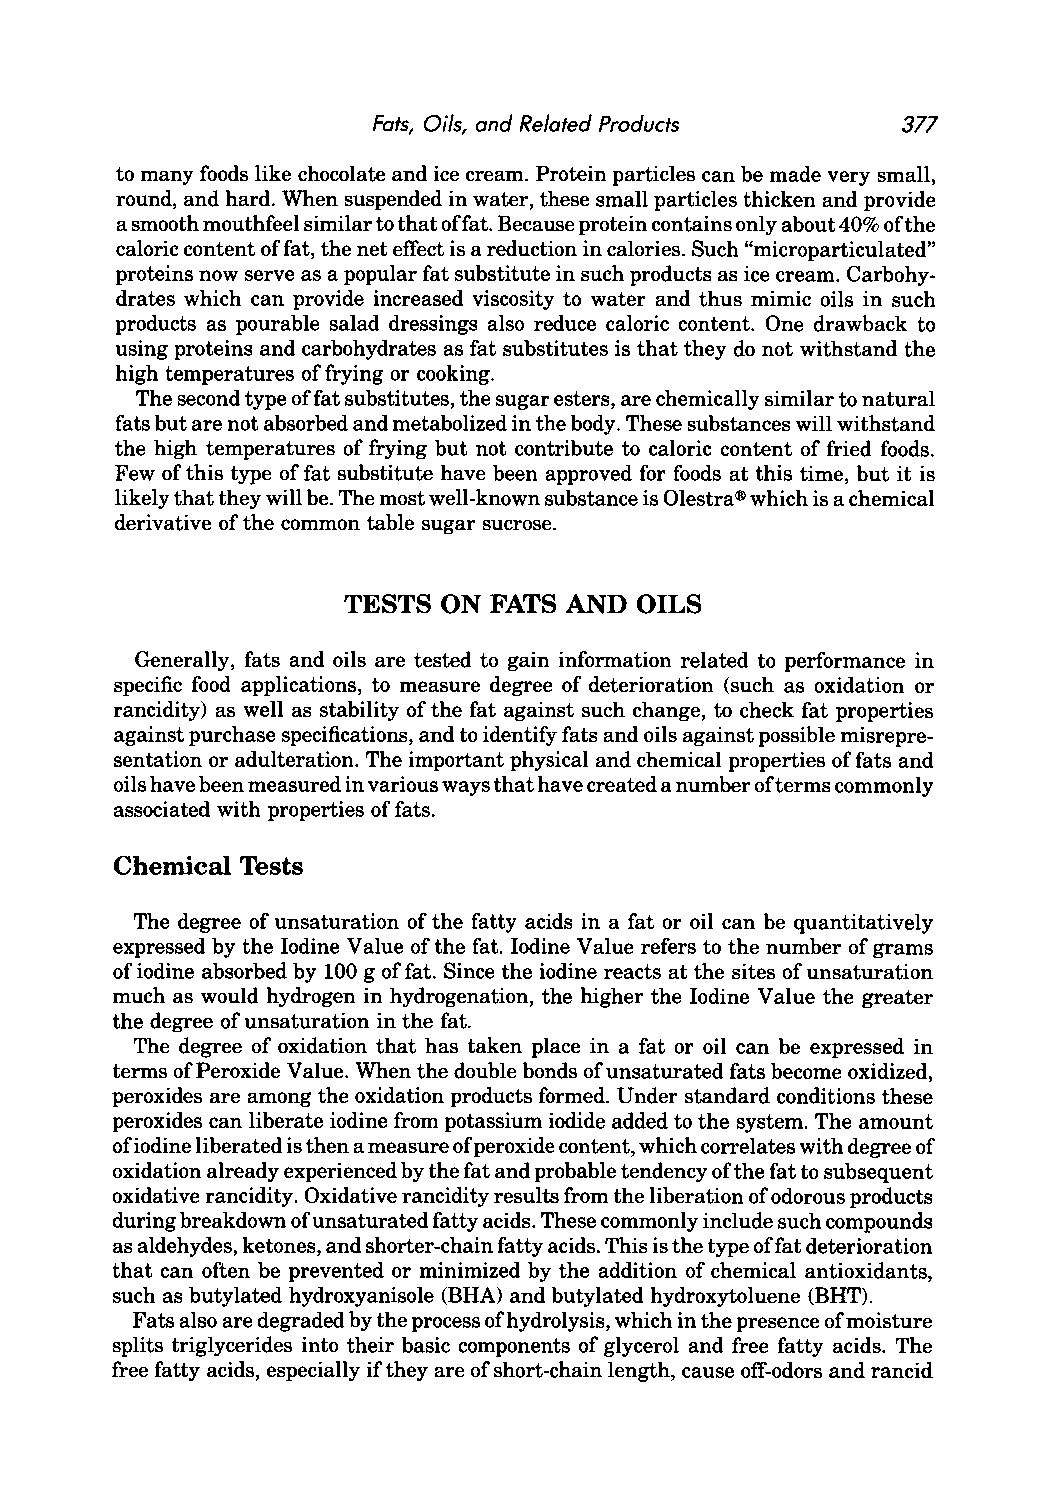
Fats, Oils, and Related Products   377
 to many foods like chocolate and ice cream. Protein particles can be made very small,
 round, and hard. When suspended in water, these small particles thicken and provide
 a smooth mouthfeel similar to that offat. Because protein contains only about 40% of the
 caloric content of fat, the net effect is a reduction in calories. Such "microparticulated"
 proteins now serve as a popular fat substitute in such products as ice cream. Carbohy
 drates which can provide increased viscosity to water and thus mimic oils in such
 products as pourable salad dressings also reduce caloric content. One drawback to
 using proteins and carbohydrates as fat substitutes is that they do not withstand the
 high temperatures of frying or cooking.
 The second type offa t substitutes, the sugar esters, are chemically similar to natural
 fats but are not absorbed and metabolized in the body. These substances will withstand
 the high temperatures of frying but not contribute to caloric content of fried foods.
 Few of this type of fat substitute have been approved for foods at this time, but it is
 likely that they will be. The most well-known substance is Olestra® which is a chemical
 derivative of the common table sugar sucrose.
 TESTS ON FATS AND  OILS
 Generally, fats and oils are tested to gain information related to performance in
 specific food applications, to measure degree of deterioration (such as oxidation or
 rancidity) as well as stability of the fat against such change, to check fat properties
 against purchase specifications, and to identify fats and oils against possible misrepre
 sentation or adulteration. The important physical and chemical properties of fats and
 oils have been measured in various ways that have created a number ofterms commonly
 associated with properties of fats.
 Chemical Tests
 The degree of unsaturation of the fatty acids in a fat or oil can be quantitatively
 expressed by the Iodine Value of the fat. Iodine Value refers to the number of grams
 of iodine absorbed by 100 g of fat. Since the iodine reacts at the sites of unsaturation
 much as would hydrogen in hydrogenation, the higher the Iodine Value the greater
 the degree of unsaturation in the fat.
 The degree of oxidation that has taken place in a fat or oil can be expressed in
 terms of Peroxide Value. When the double bonds of unsaturated fats become oxidized,
 peroxides are among the oxidation products formed. Under standard conditions these
 peroxides can liberate iodine from potassium iodide added to the system. The amount
 ofiodine liberated is then a measure of peroxide content, which correlates with degree of
 oxidation already experienced by the fat and probable tendency ofthe fat to subsequent
 oxidative rancidity. Oxidative rancidity results from the liberation of odorous products
 during breakdown of unsaturated fatty acids. These commonly include such compounds
 as aldehydes, ketones, and shorter-chain fatty acids. This is the type offat deterioration
 that can often be prevented or minimized by the addition of chemical antioxidants,
 such as butylated hydroxyanisole (BRA) and butylated hydroxytoluene (BRT).
 Fats also are degraded by the process of hydrolysis, which in the presence of moisture
 splits triglycerides into their basic components of glycerol and free fatty acids. The
 free fatty acids, especially if they are of short-chain length, cause off-odors and rancid